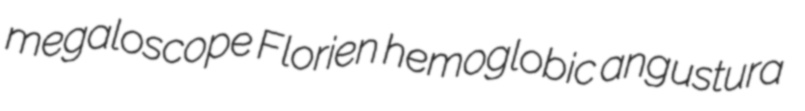
megaloscope Florien hemoglobic angustura